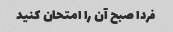
فردا صبح آن را امتحان کنید